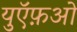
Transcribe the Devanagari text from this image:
युऍफ़ओ